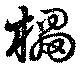
櫑